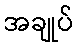
အချုပ်